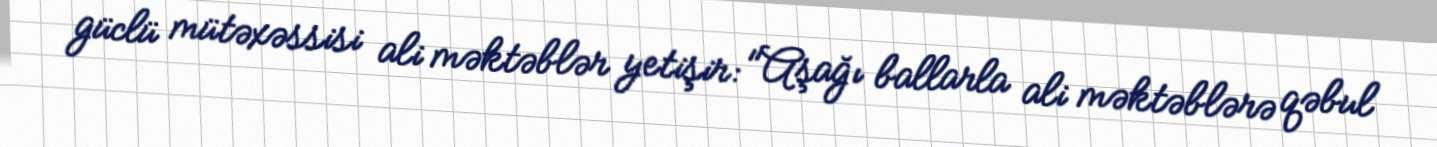
güclü mütəxəssisi ali məktəblər yetişir: "Aşağı ballarla ali məktəblərə qəbul